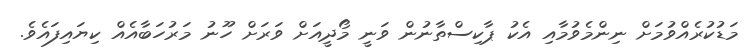
މަޑުކުރެއްވުމަށް ނިންމެވުމާއި އެކު ޕާކިސްތާނުން ވަނީ މޯދީއަށް ވަރަށް ހޫނު މަރުހަބާއެއް ކިޔައިފައެވެ.